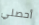
أحصلي